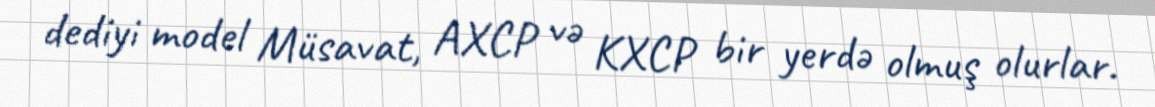
dediyi model Müsavat, AXCP və KXCP bir yerdə olmuş olurlar.